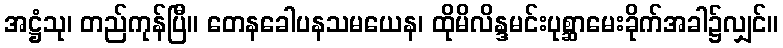
အဋ္ဌံသု၊ တည်ကုန်ပြီ။ တေနခေါပနသမယေန၊ ထိုမိလိန္ဒမင်းပုစ္ဆာမေးခိုက်အခါ၌လျှင်။